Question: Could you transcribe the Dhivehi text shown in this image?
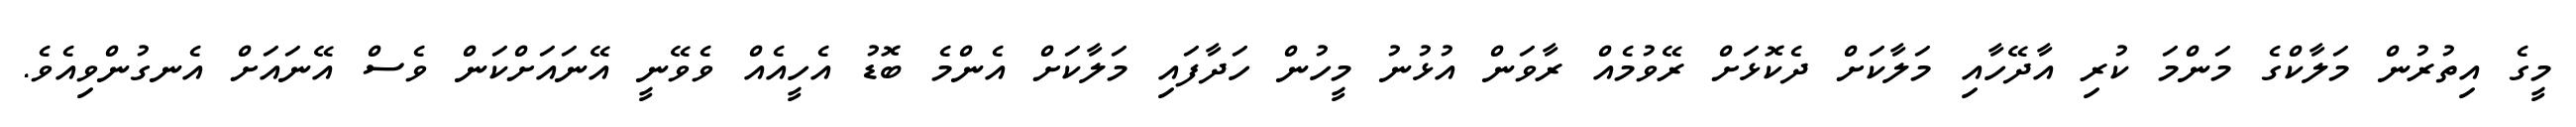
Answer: މީގެ އިތުރުން މަލާކްގެ މަންމަ ކުރި އާދޭހާއި މަލާކަށް ދެކޮޅަށް ރޭވުމެއް ރާވަން އުޅުނު މީހުން ހަދާފައި މަލާކަށް އެންމެ ބޮޑު އެހީއެއް ވެވޭނީ އޭނައަށްކަން ވެސް އޭނައަށް އެނގުންވިއެވެ.